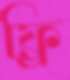
ফ্র্রি